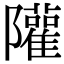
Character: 𨽧